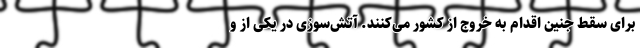
برای سقط جنین اقدام به خروج از کشور می‌کنند. آتش‌سوزی در یکی از و